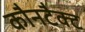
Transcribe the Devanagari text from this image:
कौनटैक्ट